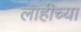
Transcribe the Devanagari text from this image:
लाहीच्या